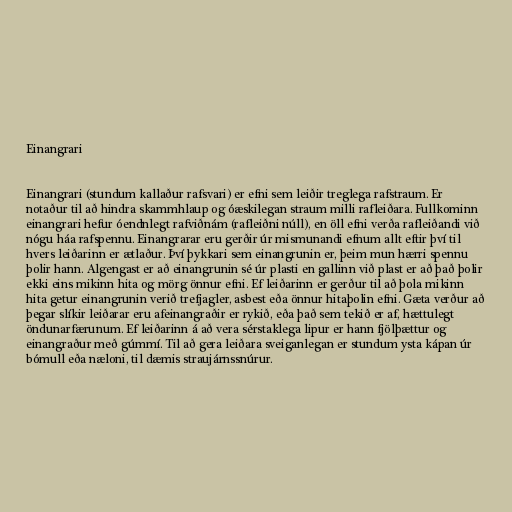
Einangrari

Einangrari (stundum kallaður rafsvari) er efni sem leiðir treglega rafstraum. Er
notaður til að hindra skammhlaup og óæskilegan straum milli rafleiðara. Fullkominn
einangrari hefur óendnlegt rafviðnám (rafleiðni núll), en öll efni verða rafleiðandi við
nógu háa rafspennu. Einangrarar eru gerðir úr mismunandi efnum allt eftir því til
hvers leiðarinn er ætlaður. Því þykkari sem einangrunin er, þeim mun hærri spennu
þolir hann. Algengast er að einangrunin sé úr plasti en gallinn við plast er að það þolir
ekki eins mikinn hita og mörg önnur efni. Ef leiðarinn er gerður til að þola mikinn
hita getur einangrunin verið trefjagler, asbest eða önnur hitaþolin efni. Gæta verður að
þegar slíkir leiðarar eru afeinangraðir er rykið, eða það sem tekið er af, hættulegt
öndunarfærunum. Ef leiðarinn á að vera sérstaklega lipur er hann fjölþættur og
einangraður með gúmmí. Til að gera leiðara sveiganlegan er stundum ysta kápan úr
bómull eða næloni, til dæmis straujárnssnúrur.